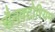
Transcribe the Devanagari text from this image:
सैनक्टोरियम